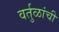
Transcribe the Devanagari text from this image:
वर्तुळांची